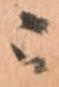
ニ